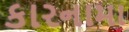
કારનામા